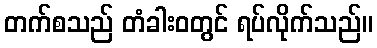
တက်စသည် တံခါးဝတွင် ရပ်လိုက်သည်။